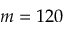
m = 1 2 0